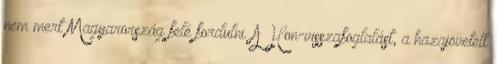
nem mert Magyarország felé fordulni. A Hon-visszafoglalást, a hazajövetelt